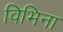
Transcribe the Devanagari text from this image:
विभिना